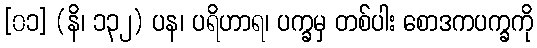
[၀၁] (နိ၊ ၁၃၂) ပန၊ ပရိဟာရ၊ ပက္ခမှ တစ်ပါး စောဒကပက္ခကို